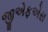
જીએફએસ